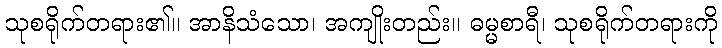
သုစရိုက်တရား၏။ အာနိသံသော၊ အကျိုးတည်း။ ဓမ္မစာရီ၊ သုစရိုက်တရားကို